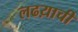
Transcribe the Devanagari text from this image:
लढय़ाची